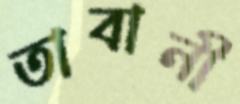
তাবানী